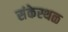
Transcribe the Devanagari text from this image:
संकेस्थळ